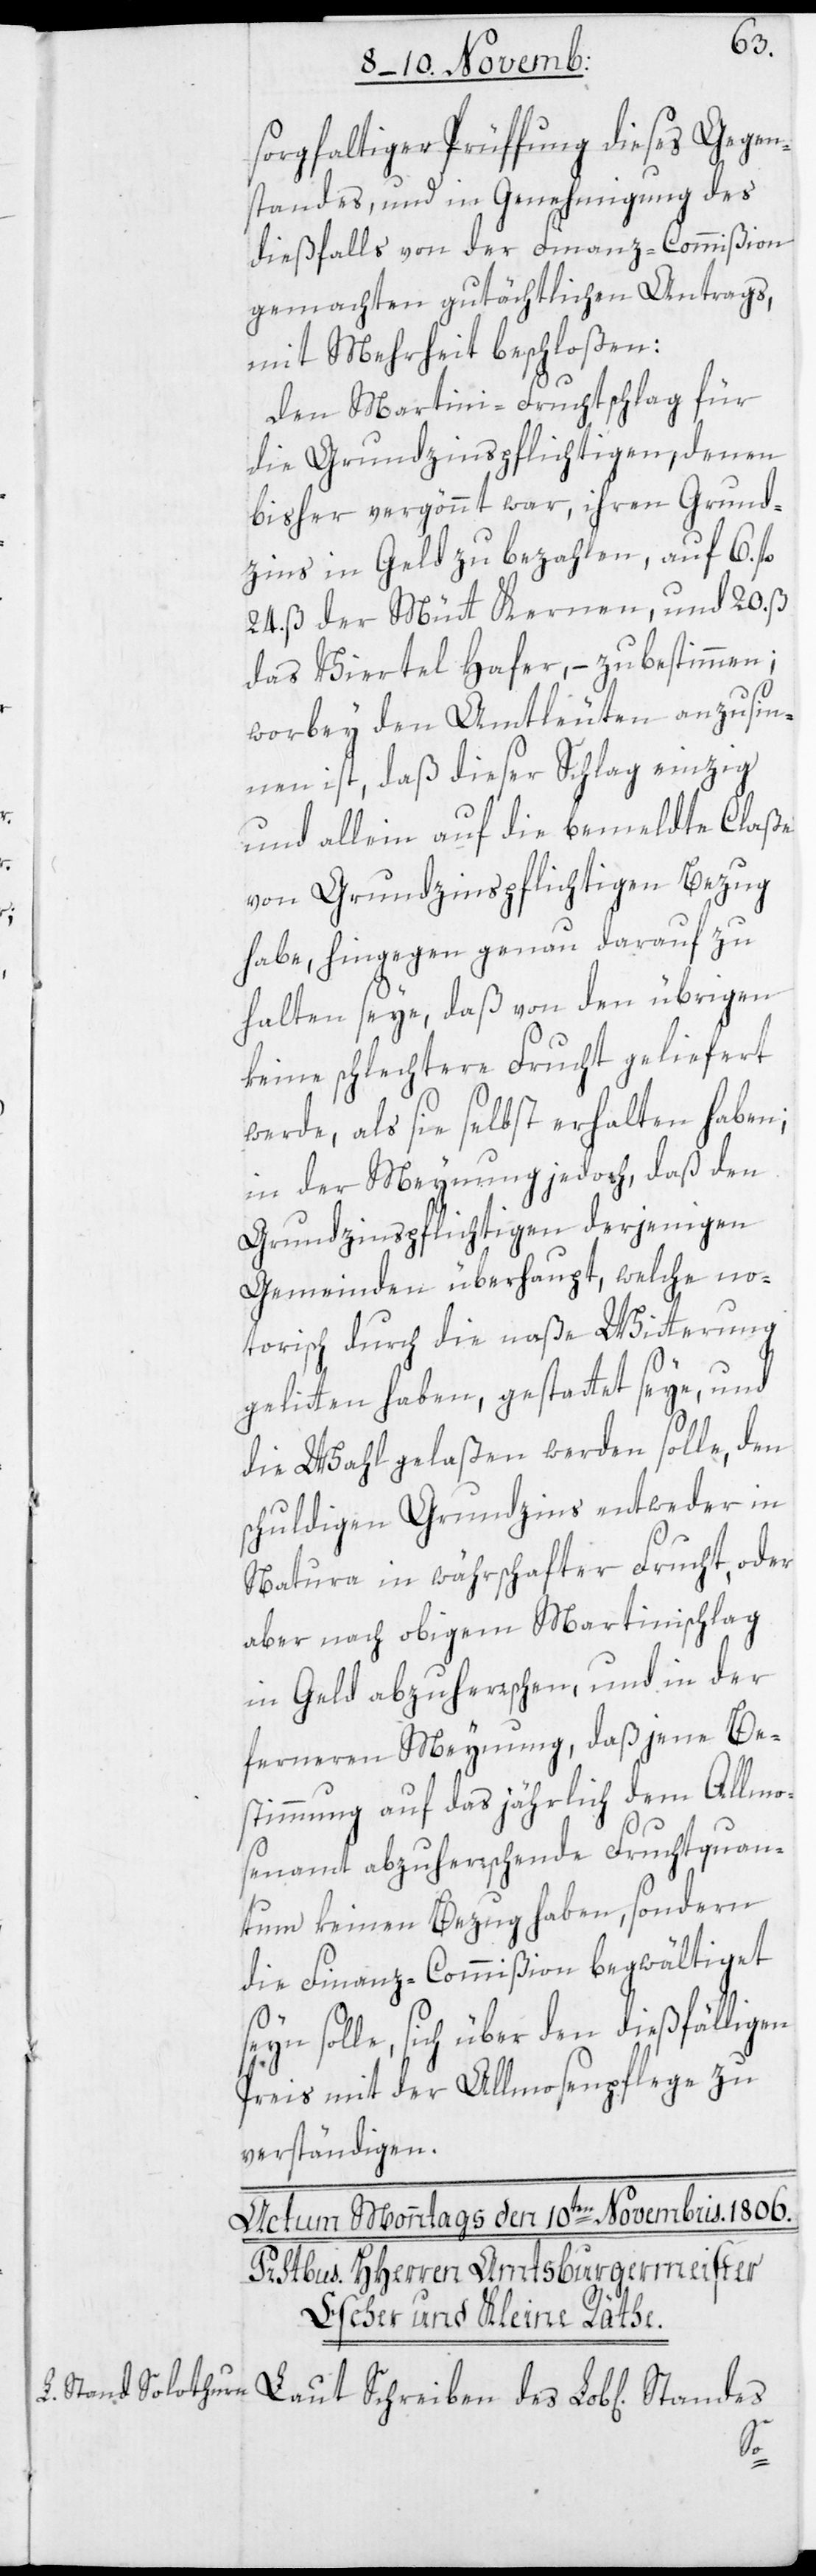
sorgfältiger Prüffung dieses Gegen¬
standes, und in Genehmigung des
dießfalls von der Finanz-Commißion
gemachten gutächtlichen Antrags,
mit Mehrheit beschloßen:
Den Martini-Fruchtschlag für
die Grundzinspflichtigen, denen
bisher vergönnt war, ihren Grund¬
zins in Geld zu bezahlen, auf 6. f¬
24. ß der Mütt Kernen, und 20. ß
das Viertel Hafer, – zu bestimmen;
worbey den Amtleuten anzusin¬
nen ist, daß dieser Schlag einzig
und allein auf die bemeldte Claße
von Grundzinspflichtigen Bezug
habe, hingegen genau darauf zu
halten seye, daß von den übrigen
keine schlechtere Frucht geliefert
werde, als sie selbst erhalten haben;
in der Meynung jedoch, daß den
Grundzinspflichtigen derjenigen
Gemeinden überhaupt, welche no¬
torisch durch die naße Witterung
gelitten haben, gestattet seye, und
die Wahl gelaßen werden solle, den
schuldigen Grundzins entweder in
Natura in währschafter Frucht, oder
aber nach obigem Martinischlag
in Geld abzuherrschen, und in der
ferneren Meynung, daß jene Be¬
stimmung auf das jährlich dem Allmo¬
senamt abzuherrschende Fruchtquan¬
tum keinen Bezug haben, sondern
die Finanz-Commißion begwältiget
seyn solle, sich über den dießfälligen
Preis mit der Allmosenpflege zu
verständigen.
des